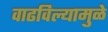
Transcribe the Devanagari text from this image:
वाढविल्यामुळे